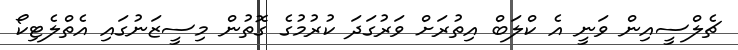
ޗެލްސީއިން ވަނީ އެ ކްލަބް އިތުރަށް ވަރުގަދަ ކުރުމުގެ ގޮތުން މިސީޒަނުގައި އެތްލެޓިކޯ